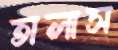
তালাস